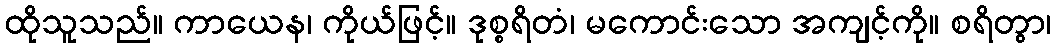
ထိုသူသည်။ ကာယေန၊ ကိုယ်ဖြင့်။ ဒုစ္စရိတံ၊ မကောင်းသော အကျင့်ကို။ စရိတွာ၊